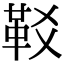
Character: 𩉤